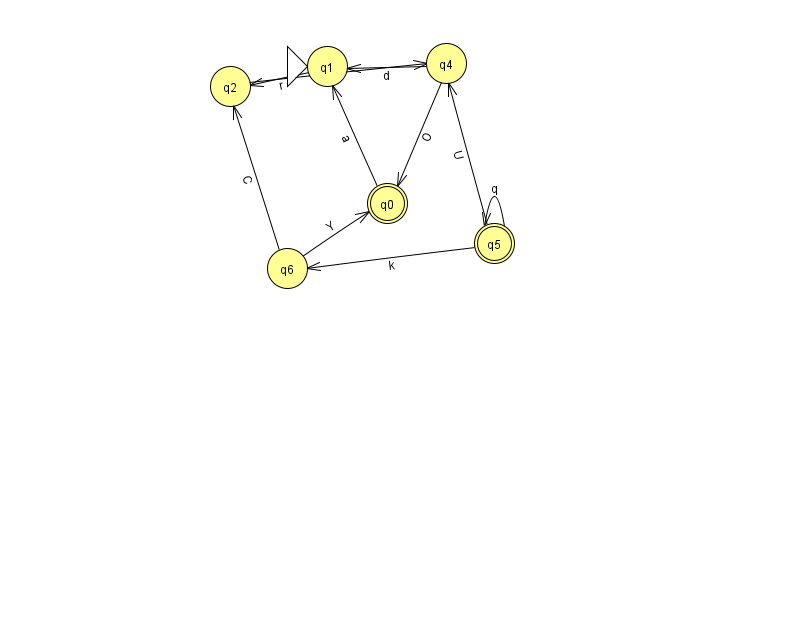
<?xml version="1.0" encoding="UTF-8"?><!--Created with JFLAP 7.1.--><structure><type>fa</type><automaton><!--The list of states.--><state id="0" name="q0"><x>387.0</x><y>190.0</y><final/></state><state id="1" name="q1"><x>327.0</x><y>53.0</y><initial/></state><state id="2" name="q2"><x>230.0</x><y>73.0</y></state><state id="4" name="q4"><x>446.0</x><y>50.0</y></state><state id="5" name="q5"><x>494.0</x><y>230.0</y><final/></state><state id="6" name="q6"><x>287.0</x><y>255.0</y></state><!--The list of transitions.--><transition><from>1</from><to>2</to><read>r</read></transition><transition><from>6</from><to>2</to><read>C</read></transition><transition><from>5</from><to>5</to><read>q</read></transition><transition><from>4</from><to>0</to><read>O</read></transition><transition><from>4</from><to>1</to><read>d</read></transition><transition><from>6</from><to>0</to><read>Y</read></transition><transition><from>5</from><to>6</to><read>k</read></transition><transition><from>0</from><to>1</to><read>a</read></transition><transition><from>5</from><to>4</to><read>U</read></transition><transition><from>2</from><to>4</to><read>z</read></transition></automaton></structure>